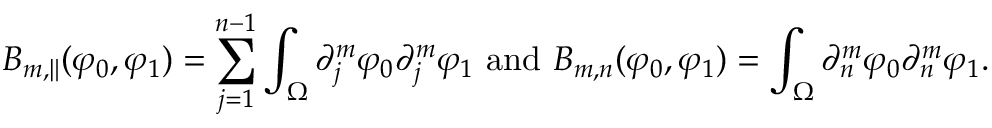
B _ { m , \| } ( \varphi _ { 0 } , \varphi _ { 1 } ) = \sum _ { j = 1 } ^ { n - 1 } \int _ { \Omega } \partial _ { j } ^ { m } \varphi _ { 0 } \partial _ { j } ^ { m } \varphi _ { 1 } \mathrm { ~ a n d ~ } B _ { m , n } ( \varphi _ { 0 } , \varphi _ { 1 } ) = \int _ { \Omega } \partial _ { n } ^ { m } \varphi _ { 0 } \partial _ { n } ^ { m } \varphi _ { 1 } .